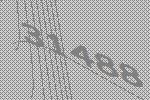
31488